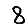
Digit: 8